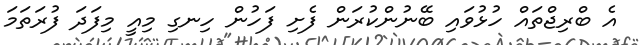
އެ ބްރިޖްތައް ހުޅުވައި ބޭނުންކުރަން ފެށި ފަހުން ހިނގި މިއީ މިފަދަ ފުރަތަމަ